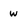
Character: w